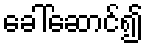
ခေါ်ဆောင်၍